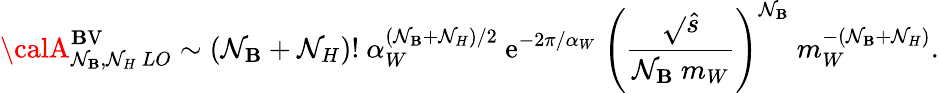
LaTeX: {\calA}_{\mathcal{N}_{\mathbf{B}},\mathcal{N}_{H}\ LO}^{\mathrm{{\mathbf{B}V}}}\sim(\mathcal{N}_{\mathbf{B}}+\mathcal{N}_{H})!~\alpha_{W}^{(\mathcal{N}_{\mathbf{B}}+\mathcal{N}_{H})/2}~\mathrm{{e}}^{-2\pi/\alpha_{W}}~\Biggl({\frac{{\sqrt{}{{\hat{{s}}}}}}{{\mathcal{N}_{\mathbf{B}}\ m_{W}}}}\Biggr)^{\mathcal{N}_{\mathbf{B}}}~m_{W}^{-(\mathcal{N}_{\mathbf{B}}+\mathcal{N}_{H})}.